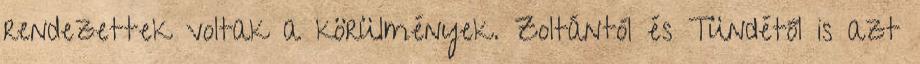
rendezettek voltak a körülmények. Zoltántól és Tündétől is azt